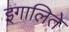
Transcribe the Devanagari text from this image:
इगालिते